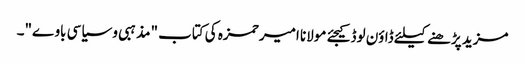
مزید پڑھنے کیلئے ڈاؤن لوڈ کیجئے مولانا امیر حمزہ کی کتاب "مذہبی و سیاسی باوے"۔